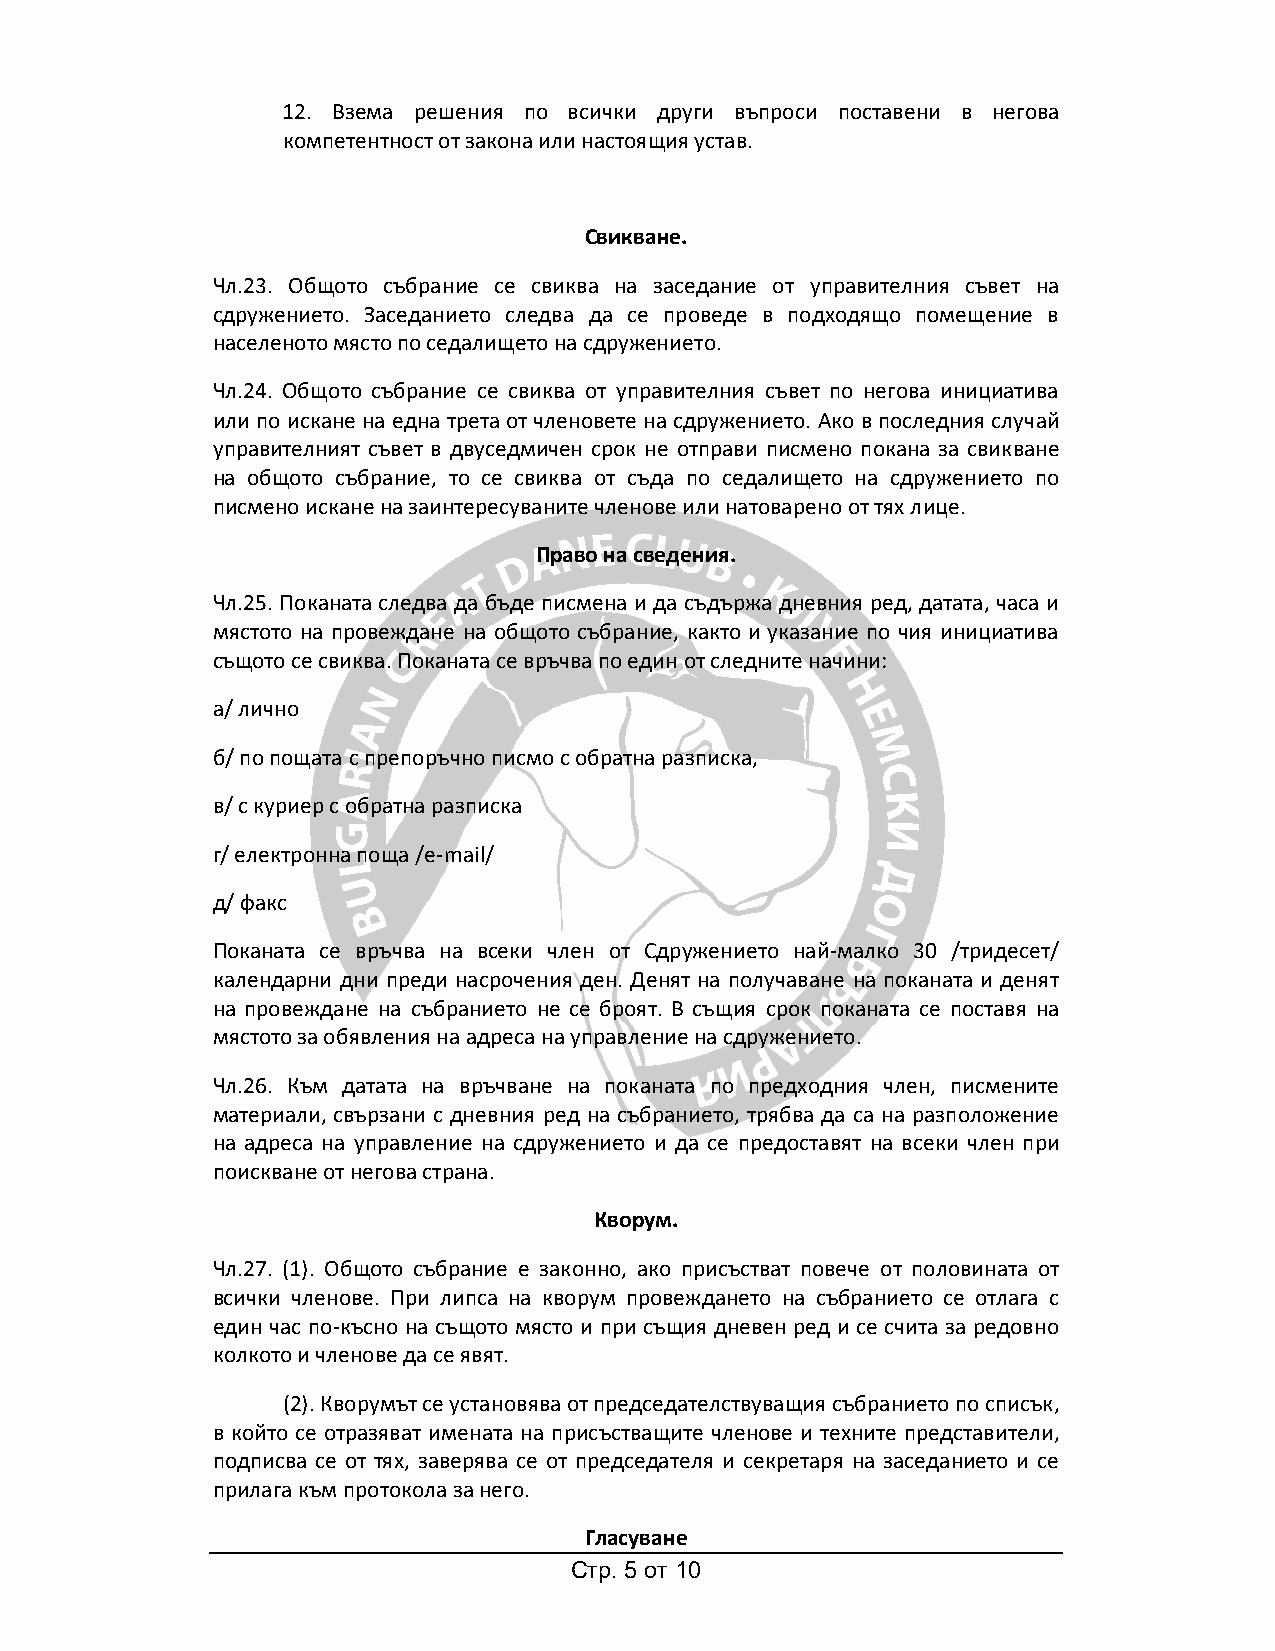
12. Взема решения по всички други въпроси поставени в негова
 компетентност от закона или настоящия устав.
 Свикване.
 Чл.23. Общото събрание се свиква на заседание от управителния съвет на
 сдружението. Заседанието следва да се проведе в подходящо помещение в
 населеното място по седалището на сдружението.
 Чл.24. Общото събрание се свиква от управителния съвет по негова инициатива
 или по искане на една трета от членовете на сдружението. Ако в последния случай
 управителният съвет в двуседмичен срок не отправи писмено покана за свикване
 на общото събрание, то се свиква от съда по седалището на сдружението по
 писмено искане на заинтересуваните членове или натоварено от тях лице.
 Право на сведения.
 Чл.25. Поканата следва да бъде писмена и да съдържа дневния ред, датата, часа и
 мястото на провеждане на общото събрание, както и указание по чия инициатива
 същото се свиква. Поканата се връчва по един от следните начини:
 а/ лично
 б/ по пощата с препоръчно писмо с обратна разписка,
 в/ с куриер с обратна разписка
 г/ електронна поща /e-mail/
 д/ факс
 Поканата се връчва на всеки член от Сдружението най-малко 30 /тридесет/
 календарни дни преди насрочения ден. Денят на получаване на поканата и денят
 на провеждане на събранието не се броят. В същия срок поканата се поставя на
 мястото за обявления на адреса на управление на сдружението.
 Чл.26. Към датата на връчване на поканата по предходния член, писмените
 материали, свързани с дневния ред на събранието, трябва да са на разположение
 на адреса на управление на сдружението и да се предоставят на всеки член при
 поискване от негова страна.
 Кворум.
 Чл.27. (1). Общото събрание е законно, ако присъстват повече от половината от
 всички членове. При липса на кворум провеждането на събранието се отлага с
 един час по-късно на същото място и при същия дневен ред и се счита за редовно
 колкото и членове да се явят.
 (2). Кворумът се установява от председателствуващия събранието по списък,
 в който се отразяват имената на присъстващите членове и техните представители,
 подписва се от тях, заверява се от председателя и секретаря на заседанието и се
 прилага към протокола за него.
 Гласуване
 Стр. 5 от 10